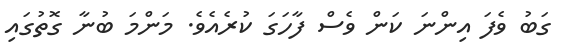
ގަބު ވެފަ އިންނަ ކަން ވެސް ފާހަގަ ކުރެއެވެ. މަންމަ ބުނާ ގޮތުގައި